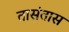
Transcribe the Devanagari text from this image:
तासंतास